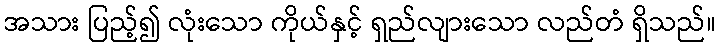
အသား ပြည့်၍ လုံးသော ကိုယ်နှင့် ရှည်လျားသော လည်တံ ရှိသည်။